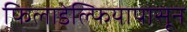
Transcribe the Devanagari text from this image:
फिलाडेल्फियापासून